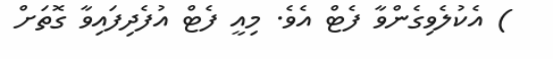
) އެކުލެވިގެންވާ ފެޓް އެވެ. މިއީ ފެޓް އުފެދިފައިވާ ގޮތަށް